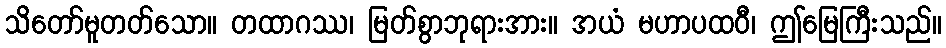
သိတော်မူတတ်သော။ တထာဂဿ၊ မြတ်စွာဘုရားအား။ အယံ မဟာပထဝီ၊ ဤမြေကြီးသည်။